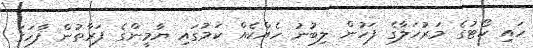
ހައި ކޯޓުގެ މަރުހަލާގެ ފަހުން ލިބުނު ހެއްކެއް ކަމުގައި ޔާމީންގެ ފަރާތުން ފާހަގަ